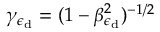
\gamma _ { \epsilon _ { \mathrm { d } } } = ( 1 - \beta _ { \epsilon _ { \mathrm { d } } } ^ { 2 } ) ^ { - 1 / 2 }